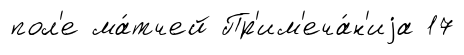
пол'е ма́тчей Пр'им'еча́н'иjа 17